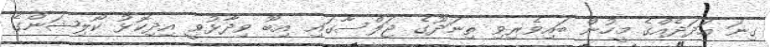
ގިނަ އަދަދެއްގެ މީހުން ބައިވެރިވި ތިނަދޫގެ ޖަލްސާގައި އިބޫ ވިދާޅުވީ އިދިކޮޅު ކޯލިޝަންގެ